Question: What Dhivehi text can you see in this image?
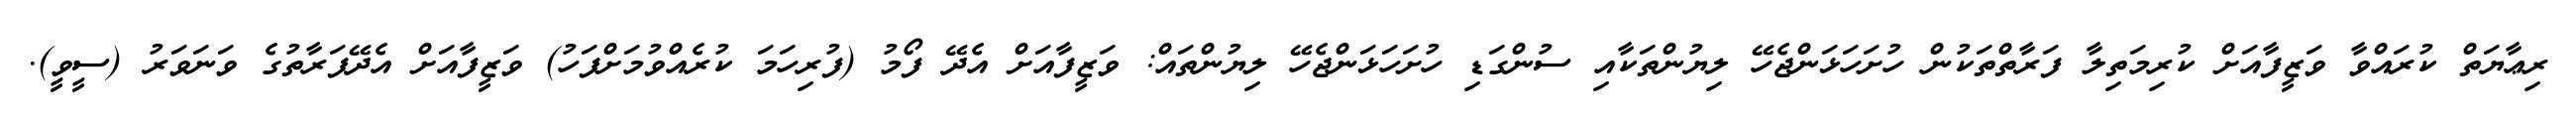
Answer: ރިޢާޔަތް ކުރައްވާ ވަޒީފާއަށް ކުރިމަތިލާ ފަރާތްތަކުން ހުށަހަޅަންޖެހޭ ލިޔުންތަކާއި ސުންގަޑި ހުށަހަޅަންޖެހޭ ލިޔުންތައް: ވަޒީފާއަށް އެދޭ ފޯމު (ފުރިހަމަ ކުރެއްވުމަށްފަހު) ވަޒީފާއަށް އެދޭފަރާތުގެ ވަނަވަރު (ސީވީ).